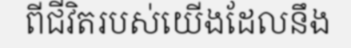
ពីជីវិតរបស់យើងដែលនឹង